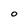
Character: O